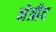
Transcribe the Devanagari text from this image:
नेत्रीद